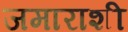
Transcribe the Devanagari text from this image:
जमाराशी